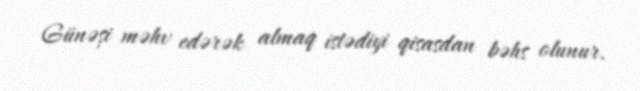
Günəși məhv edərək almaq istədiyi qisasdan bəhs olunur.